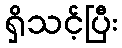
ရှိသင့်ပြီး